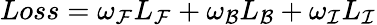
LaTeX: Loss={\omega_{\cal F}}{L_{\cal F}}+{\omega_{\cal B}}{L_{\cal B}}+{\omega_{\cal I}}{L_{\cal I}}